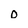
Character: 0